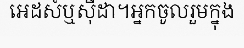
អេដស៍ឬស៊ីដា។អ្នកចូលរួមក្នុង